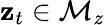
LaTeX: \mathbf{z}_{t}\in\mathcal{M}_{z}